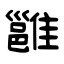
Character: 雝